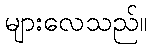
များလေသည်။